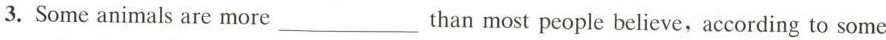
3. Some animals are more ___ than most people believe, according to some